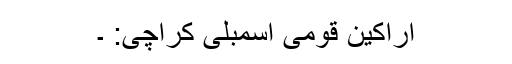
اراکین قومی اسمبلی کراچی: ۔